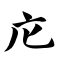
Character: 庀